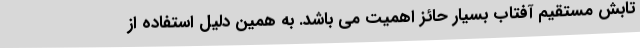
تابش مستقیم آفتاب بسیار حائز اهمیت می باشد. به همین دلیل استفاده از